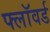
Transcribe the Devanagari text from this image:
फ्लॉवर्ड